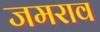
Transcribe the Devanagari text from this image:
जमराव